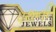
પથની